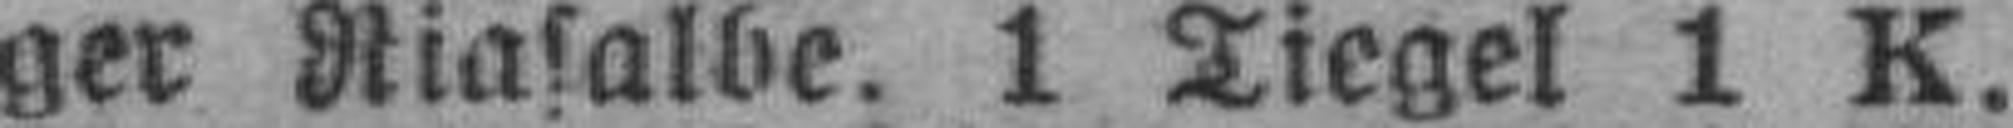
ger Niasalbe. 1 Tiegel 1 K.